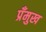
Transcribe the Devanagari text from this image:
प्रँमुख